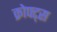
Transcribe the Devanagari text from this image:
क्रोफ्ट्स